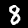
Label: 8